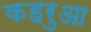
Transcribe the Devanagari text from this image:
कहरुआ